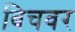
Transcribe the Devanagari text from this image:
बिचवर